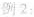
例2：